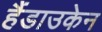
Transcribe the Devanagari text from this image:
हैंडाउकेन